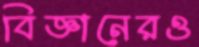
বিজ্ঞানেরও